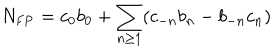
N _ { \mathrm { F P } } = c _ { 0 } b _ { 0 } + \sum _ { n \geq 1 } ( c _ { - n } b _ { n } - b _ { - n } c _ { n } )